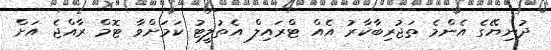
ދުނިޔޭގެ އެންމެ ތަޖުރިބާކާރު އެއް ޓްރައިލް އެތުލީޓު ކަމަށްވާ ޓޮމް ރާއްޖެ އަށް